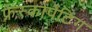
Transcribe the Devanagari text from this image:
फ्रेस्कोपेंटिंग